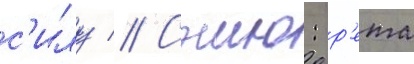
с'илу // Сэию: р'ета